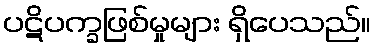
ပဋိပက္ခဖြစ်မှုများ ရှိပေသည်။